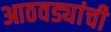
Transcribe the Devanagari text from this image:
आठवड्यांची